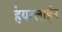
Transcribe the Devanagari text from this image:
हेयरलाईन